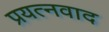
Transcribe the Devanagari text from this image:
प्रयत्नवाद